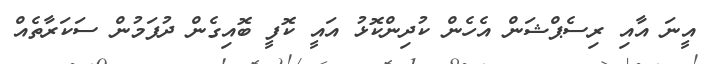
އީނަ އާއި ރިސެޕްޝަން އެހެން ކުދިންކޮޅު އައީ ކޮފީ ބޮއިގެން ދުފަމުން ސަކަރާތެއް